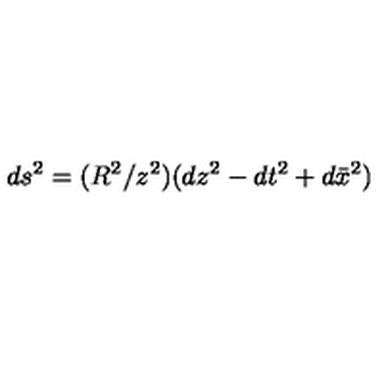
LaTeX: d s ^ { 2 } = ( R ^ { 2 } / z ^ { 2 } ) ( d z ^ { 2 } - d t ^ { 2 } + d \bar { x } ^ { 2 } )